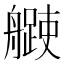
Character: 𦪨